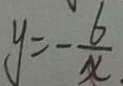
y = - \frac { 6 } { x }